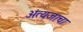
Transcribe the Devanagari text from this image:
अंत्यजाचा